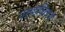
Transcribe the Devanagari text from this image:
पराशक्तिधारी